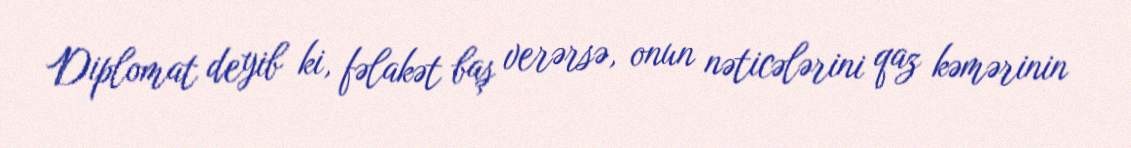
Diplomat deyib ki, fəlakət baş verərsə, onun nəticələrini qaz kəmərinin